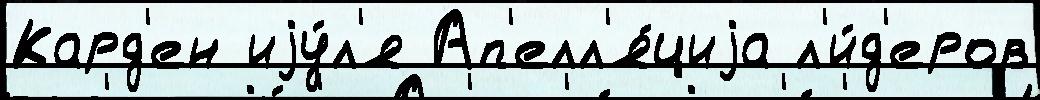
Кард'ен иjу́л'я Ап'елл'я́циjа л'и́д'еров